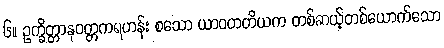
၆။ ဥက္ခိတ္တာနုဝတ္တကရဟန်း စသော ယာဝတတိယက တစ်ဆယ့်တစ်ယောက်သော